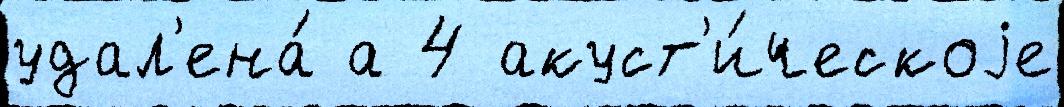
удал'ена́ а 4 акуст'и́ческоjе